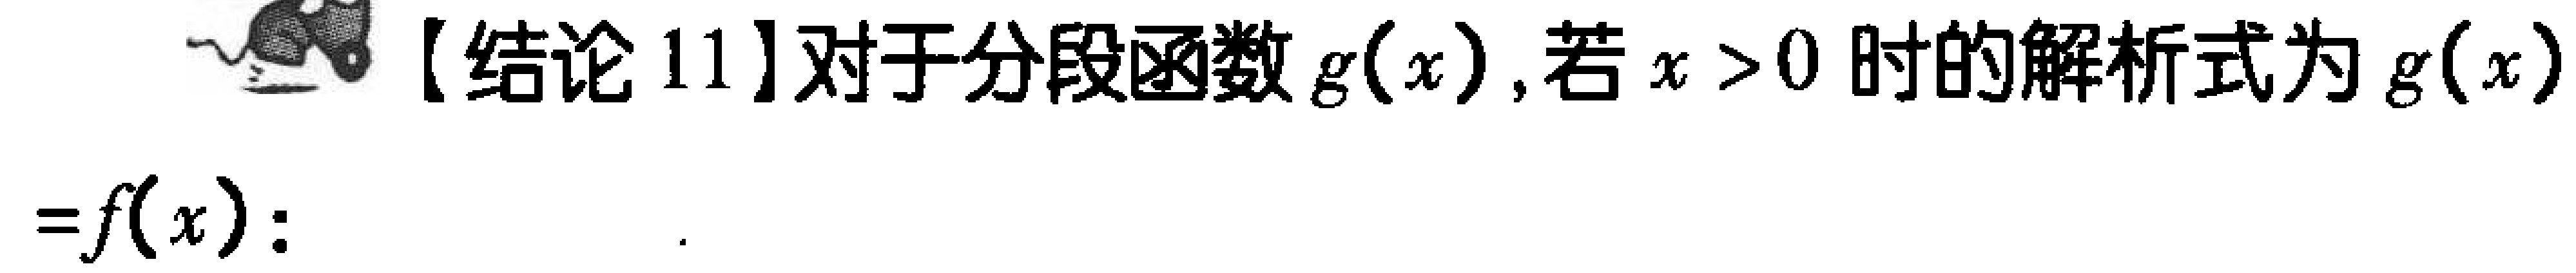
【结论 11】对于分段函数 \(g(x)\)，若 \(x > 0\) 时的解析式为 \(g(x)=f(x)\)：  .